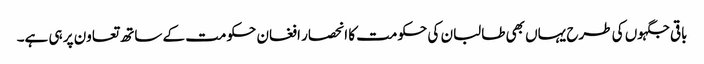
باقی جگہوں کی طرح یہاں بھی طالبان کی حکومت کا انحصار افغان حکومت کے ساتھ تعاون پر ہی ہے۔